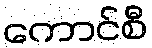
ကောင်စီ